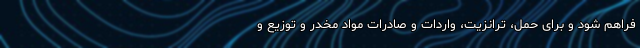
فراهم شود و برای حمل، ترانزیت، واردات و صادرات مواد مخدر و توزیع و